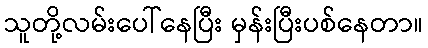
သူတို့လမ်းပေါ်နေပြီး မှန်းပြီးပစ်နေတာ။